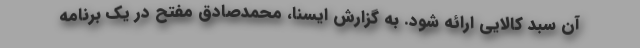
آن سبد کالایی ارائه شود. به گزارش ایسنا، محمدصادق مفتح در یک برنامه